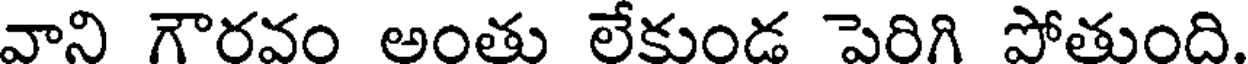
వాని గౌరవం అంతు లేకుండ పెరిగి పోతుంది.